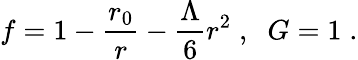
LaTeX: f=1-\frac{r_{0}}{r}-\frac{\Lambda}{6}r^{2}\; ,\; \; G=1\; .